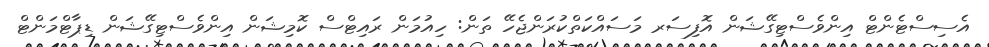
އެސިސްޓެންޓް އިންވެސްޓިގޭޝަން އޮފިސަރ މަސައްކަތްކުރަންޖެހޭ ތަން: ހިއުމަން ރައިޓްސް ކޮމިޝަން އިންވެސްޓިގޭޝަން ޑިޕާޓްމަންޓް